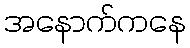
အနောက်ကနေ